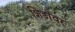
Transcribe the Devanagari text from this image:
शिडांवर